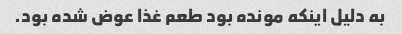
به دلیل اینکه مونده بود طعم غذا عوض شده بود.